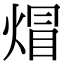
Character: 𤊻